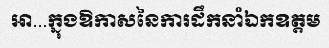
អា...ក្នុងឱកាសនៃការដឹកនាំឯកឧត្តម